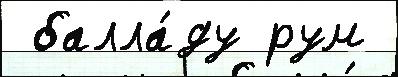
 балла́ду рум